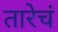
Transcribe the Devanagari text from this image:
तारेचं